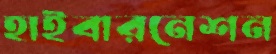
হাইবারনেশন